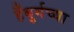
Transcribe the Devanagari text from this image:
हँबुर्गच्या